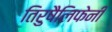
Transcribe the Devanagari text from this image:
तिरुषैलिफेनी